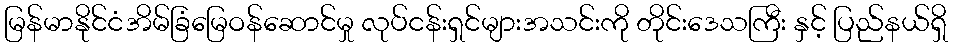
မြန်မာနိုင်ငံအိမ်ခြံမြေဝန်ဆောင်မှု လုပ်ငန်းရှင်များအသင်းကို တိုင်းဒေသကြီး နှင့် ပြည်နယ်ရှိ